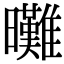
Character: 𣌖